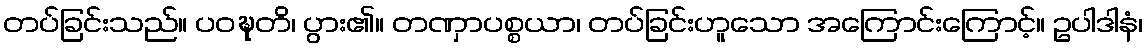
တပ်ခြင်းသည်။ ပဝဍ္ဎတိ၊ ပွား၏။ တဏှာပစ္စယာ၊ တပ်ခြင်းဟူသော အကြောင်းကြောင့်။ ဥပါဒါနံ၊